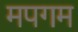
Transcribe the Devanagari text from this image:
मपगम